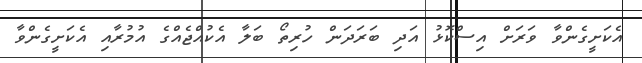
އެކަށީގެންވާ ވަރަށް އިސްކޮޅު އަދި ބަރަދަން ހުރިތޯ ބަލާ އެކުއްޖެއްގެ އުމުރާއި އެކަށީގެންވާ